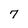
Character: 7